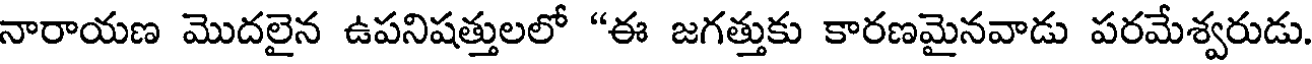
నారాయణ మొదలైన ఉపనిషత్తులలో "ఈ జగత్తుకు కారణమైనవాడు పరమేశ్వరుడు.